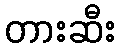
တားဆီး